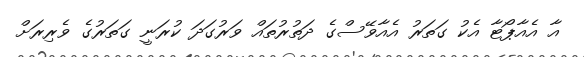
އާ އެއާޕޯޓާ އެކު ގަތަރު އެއާވޭސްގެ ދަތުރުތައް ވަރުގަދަ ކުރަނީ ގަތަރުގެ ވެރިރަށް